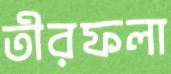
তীরফলা